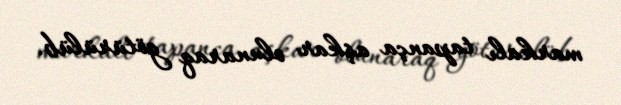
markalı tapança aşkar olunaraq götürülüb.